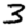
Digit: 3